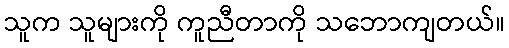
သူက သူများကို ကူညီတာကို သဘောကျတယ်။